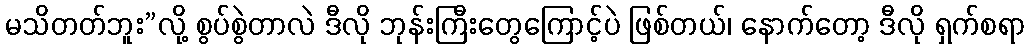
မသိတတ်ဘူး”လို့ စွပ်စွဲတာလဲ ဒီလို ဘုန်းကြီးတွေကြောင့်ပဲ ဖြစ်တယ်၊ နောက်တော့ ဒီလို ရှက်စရာ